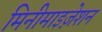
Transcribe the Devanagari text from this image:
मिनीमाइज़ेशन